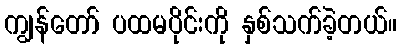
ကျွန်တော် ပထမပိုင်းကို နှစ်သက်ခဲ့တယ်။